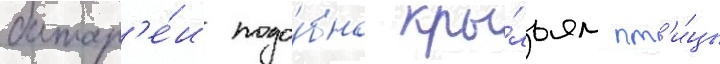
батар'е́и подо́бно кры́льям пт'и́цы